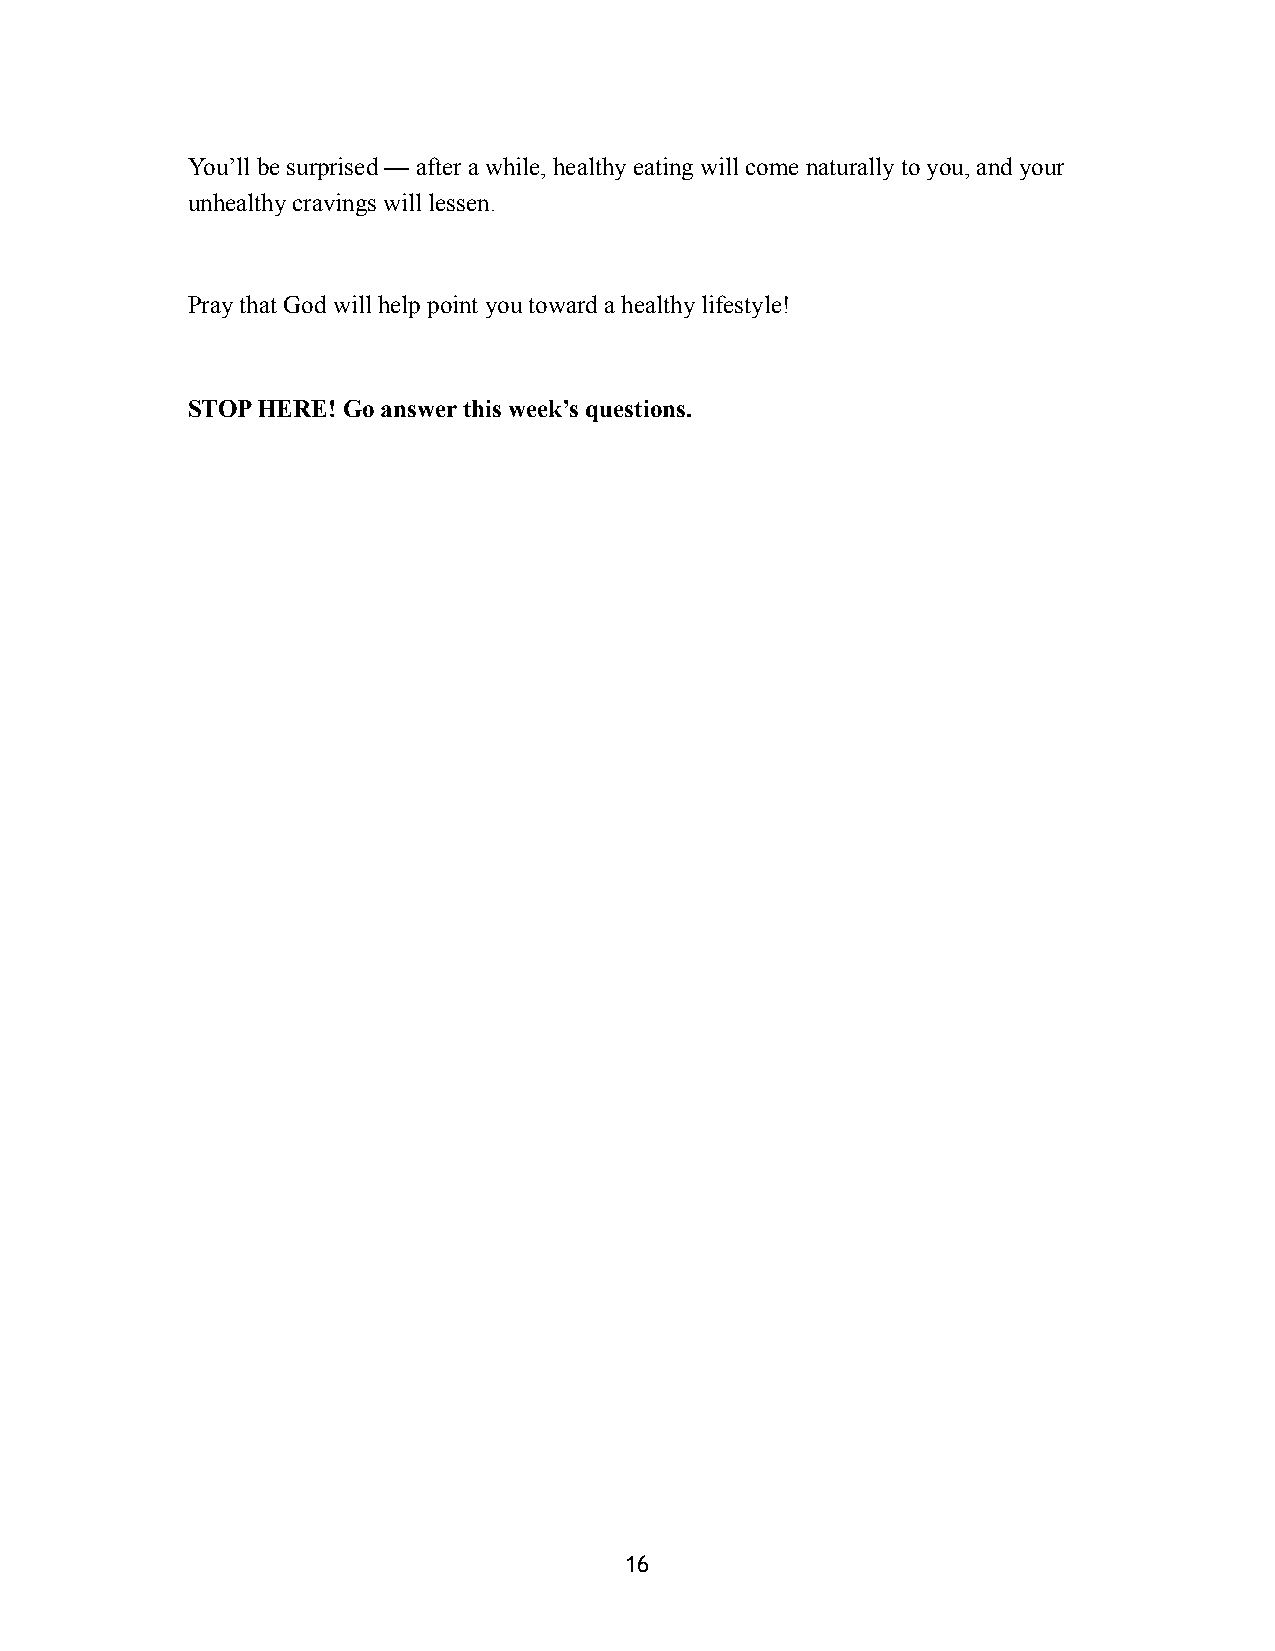
You’ll be surprised — after a while, healthy eating will come naturally to you, and your
 unhealthy cravings will lessen.
 Pray that God will help point you toward a healthy lifestyle!
 STOP HERE! Go answer this week’s questions.
 16